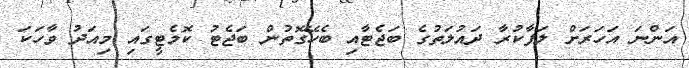
އަންނަ އަހަރަށް ލަފާކުރާ ދައުލަތުގެ ބަޖެޓާއި ބެހޭގޮތުން ބަޖެޓު ކޮމެޓީގައި މިއަދު ވާހަކަ